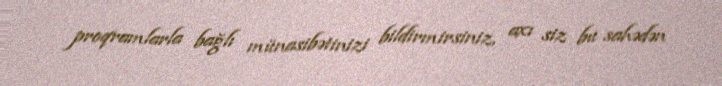
proqramlarla bağlı münasibətinizi bildirmirsiniz, axı siz bu sahədən